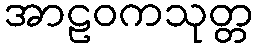
အာဠဝကသုတ္တ